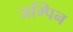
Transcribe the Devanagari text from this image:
जम्पिन